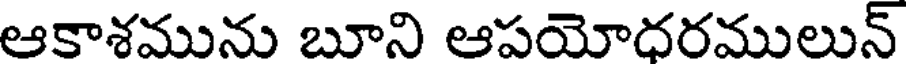
ఆకాశమును బూని ఆపయోదరములున్